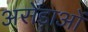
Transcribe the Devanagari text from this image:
अरोड़ाओं